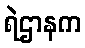
ရဲဌာနက